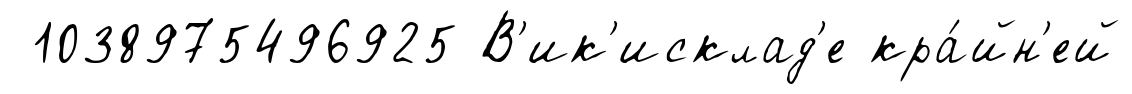
1038975496925 В'ик'исклад'е кра́йн'ей